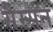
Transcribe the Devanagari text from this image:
सैम्सन